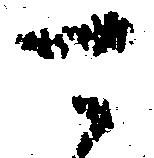
可